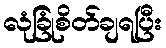
လုံခြုံစိတ်ချရပြီး